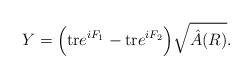
LaTeX: \begin{align*} Y = \Big({\rm tr} e^{iF_1} - {\rm tr} e^{iF_2}\Big)\sqrt{\hat A(R)}.\end{align*}